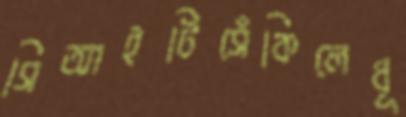
সিআইটিসেঁকিলেধূ